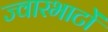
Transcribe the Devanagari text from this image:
ज्वारभाटों